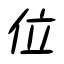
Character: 位